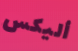
أليكس